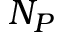
N _ { P }